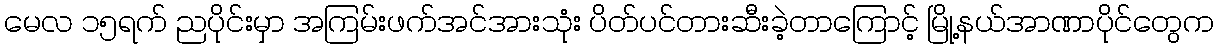
မေလ ၁၅ရက် ညပိုင်းမှာ အကြမ်းဖက်အင်အားသုံး ပိတ်ပင်တားဆီးခဲ့တာကြောင့် မြို့နယ်အာဏာပိုင်တွေက